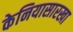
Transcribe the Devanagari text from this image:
केनियासारखा